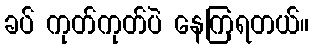
ခပ် ကုတ်ကုတ်ပဲ နေကြရတယ်။